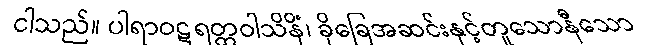
ငါသည်။ ပါရာဝဋရတ္တဝါသိနိံ၊ ခိုခြေအဆင်းနှင့်တူသောနီသော